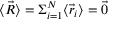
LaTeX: \langle { \vec { R } } \rangle = \Sigma _ { i = 1 } ^ { N } \langle { \vec { r } } _ { i } \rangle = { \vec { 0 } }